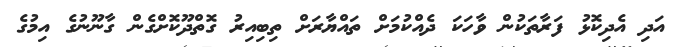
އަދި އެދިކޮޅު ފަރާތަކުން ވާހަކަ ދެއްކުމަށް ތައްޔާރަށް ތިބިއިރު ގޮތްދޫކޮށްގެން ގާނޫނުގެ އިމުގެ